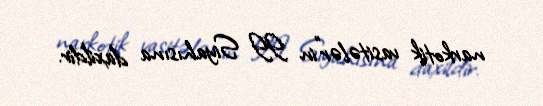
narkotik vasitələr"in II Siyahısına daxildir.